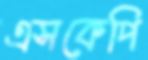
এসকেপি